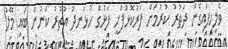
ވެލިހިފައިގެން ދަތުރު ކުރުމަށް ފަރުކޮޅުފުށީ ފަޅުގެ ހުޅަނދު އުތުރު ކަނުން ބައި މޭލު